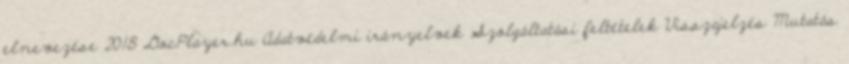
elnevezése 2018 DocPlayer.hu Adatvédelmi irányelvek Szolgáltatási feltételek Visszajelzés Mutatás